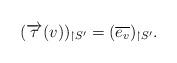
LaTeX: \begin{align*}(\overrightarrow{\tau}(v))_{\restriction S'}=(\overline{e_v})_{\restriction S'}. \end{align*}